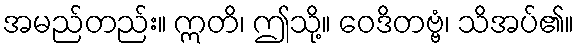
အမည်တည်း။ ဣတိ၊ ဤသို့။ ဝေဒိတဗ္ဗံ၊ သိအပ်၏။